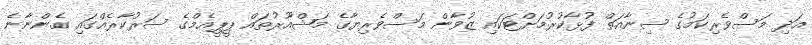
އަދި މަސްވެރިކަމުގެ ސިނާއަތް ފުޅާކުރުމަށްޓަކައި ޒުވާން މަސްވެރިޔާގެ މަޝްއޫރުތައް ޕީޕީއެމްގެ ސަރުކާރެއްގައި ގެންނާނެ